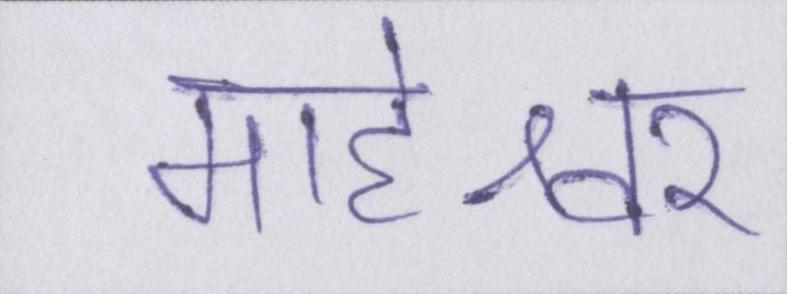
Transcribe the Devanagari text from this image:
माहेश्वर